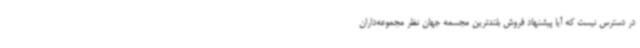
در دسترس نیست که آیا پیشنهاد فروش بلندترین مجسمه جهان نظر مجموعه‌داران